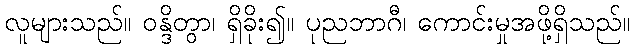
လူများသည်။ ဝန္ဒိတွာ၊ ရှိခိုး၍။ ပုညဘာဂီ၊ ကောင်းမှုအဖို့ရှိသည်။